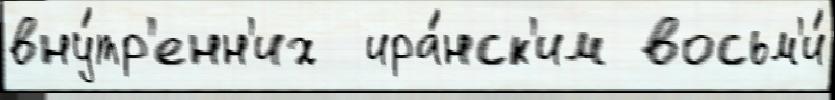
вну́тр'енн'их  ира́нск'им восьм'и́